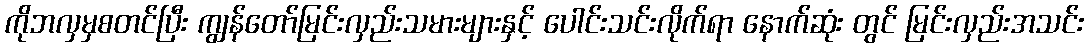
ကိုဘလှမှစတင်ပြီး ကျွန်တော်မြင်းလှည်းသမားများနှင့် ပေါင်းသင်းလိုက်ရာ နောက်ဆုံး တွင် မြင်းလှည်းအသင်း